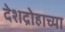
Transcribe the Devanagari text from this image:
देशद्रोहाच्या